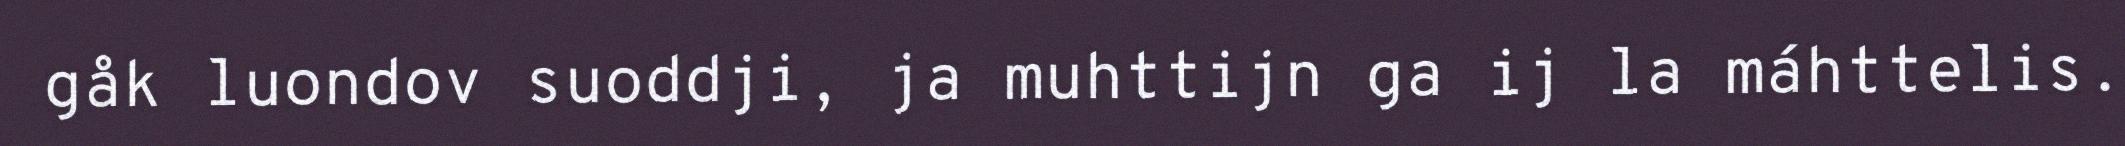
gåk luondov suoddji, ja muhttijn ga ij la máhttelis.